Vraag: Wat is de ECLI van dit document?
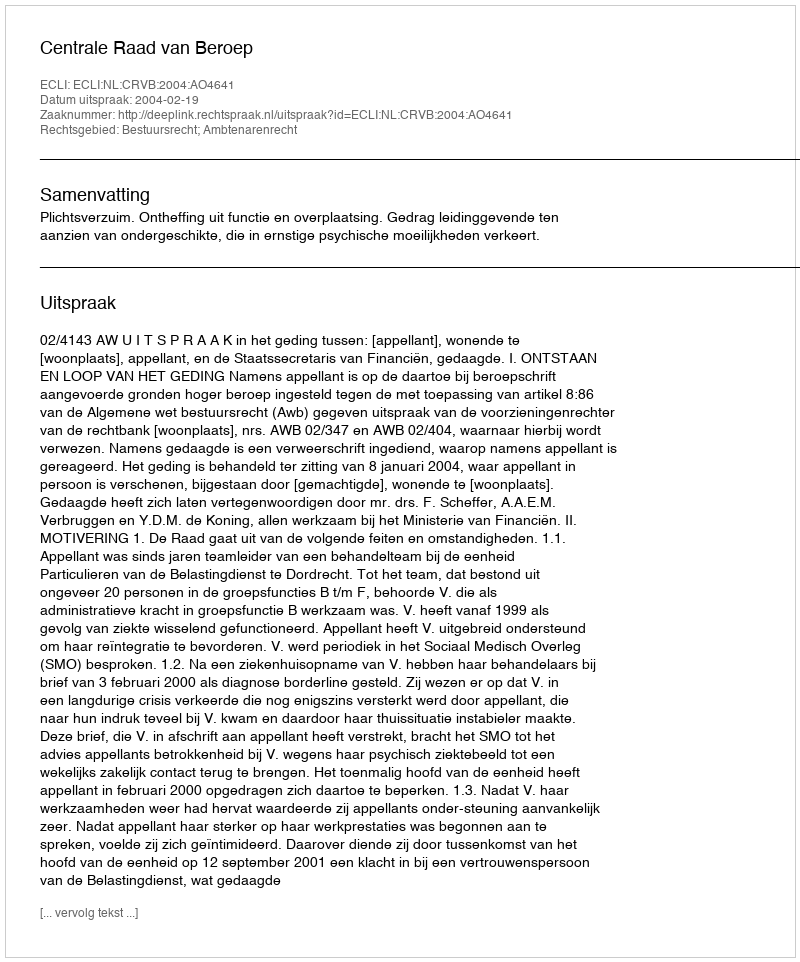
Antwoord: ECLI:NL:CRVB:2004:AO4641